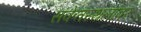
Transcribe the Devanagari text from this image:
संकेतस्थलांवर